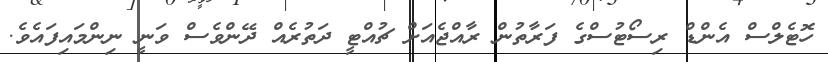
ހޮޓެލްސް އެންޑް ރިސޯޓުސްގެ ފަރާތުން ރާއްޖެއަށް ޗުއްޓީ ދަތުރެއް ދޭންވެސް ވަނީ ނިންމައިފައެވެ.